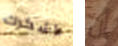
لأشكرك أن